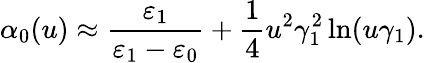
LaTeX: \alpha_{0}(u)\approx\frac{\varepsilon_{1}}{\varepsilon_{1}-\varepsilon_{0}}+\frac{1}{4}u^{2}\gamma_{1}^{2}\ln(u\gamma_{1}).